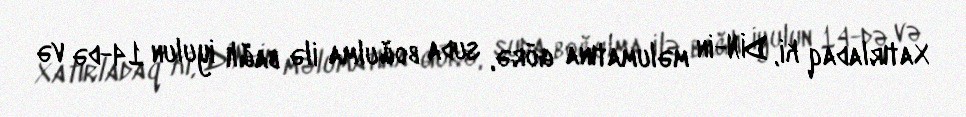
Xatırladaq ki, DİN-in məlumatına görə, suda boğulma ilə bağlı iyulun 14-də və